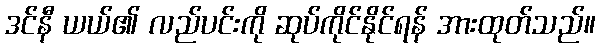
ဒင်နီ ယယ်၏ လည်ပင်းကို ဆုပ်ကိုင်နိုင်ရန် အားထုတ်သည်။